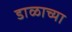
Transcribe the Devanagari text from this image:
डाळाच्या